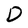
Character: D